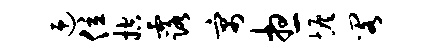
迎位控露寓想恢阁